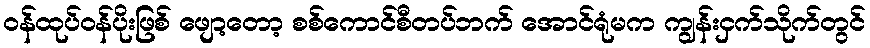
ဝန်ထုပ်ဝန်ပိုးဖြစ် ဖျော့တော့ စစ်ကောင်စီတပ်ဘက် အောင်ရုံမက ကျွန်းငှက်သိုက်တွင်